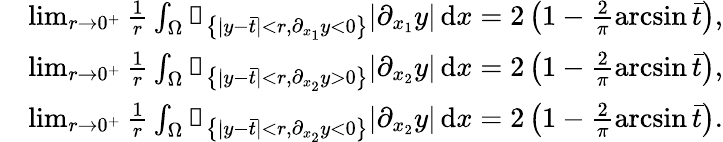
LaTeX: \begin{array}{rl}&{\operatorname*{lim}_{r\to 0^{+}}\frac{1}{r}\int_{\Omega}\mathbb{1}_{\left\{ |y-\bar{t}|<r,\partial_{x_{1}}y<0\right\} }|\partial_{x_{1}}y|\, \mathrm{d}x=2\left(1-\frac{2}{\pi}\arcsin\bar{t}\right),}\\ &{\operatorname*{lim}_{r\to 0^{+}}\frac{1}{r}\int_{\Omega}\mathbb{1}_{\left\{ |y-\bar{t}|<r,\partial_{x_{2}}y>0\right\} }|\partial_{x_{2}}y|\, \mathrm{d}x=2\left(1-\frac{2}{\pi}\arcsin\bar{t}\right),}\\ &{\operatorname*{lim}_{r\to 0^{+}}\frac{1}{r}\int_{\Omega}\mathbb{1}_{\left\{ |y-\bar{t}|<r,\partial_{x_{2}}y<0\right\} }|\partial_{x_{2}}y|\, \mathrm{d}x=2\left(1-\frac{2}{\pi}\arcsin\bar{t}\right).}\end{array}